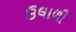
ઉલાળી